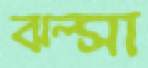
ঝল্‌সা